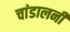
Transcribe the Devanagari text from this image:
चांडालनी